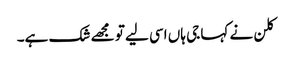
کلن نے کہا جی ہاں اسی لیے تو مجھے شک ہے۔